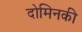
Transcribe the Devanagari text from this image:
दोमिनकी